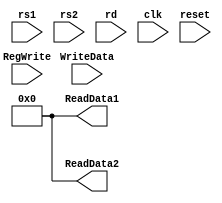
module RegisterFile
(
	input [4:0] rs1, rs2, rd,
	input [63:0] WriteData,
	input clk, reset, RegWrite,
	output reg [63:0] ReadData1, ReadData2
);

	reg [63:0] Registers [31:0];
	initial
	begin
		Registers[0] <= 64'b0000000000000000000000000000000000000000000000000000000000000000;
		Registers[1] <= 64'b1001011000101111011000100001110110011001100101110101000000011011;
		Registers[2] <= 64'b1000111011111110000010111011001110100100100001010010100000010010;
		Registers[3] <= 64'b1001110110000101111010110010001110101011110101110000111000011110;
		Registers[4] <= 64'b1001001111000011011000001001110110110010011001111110110111000010;
		Registers[5] <= 64'b1011011110011100110101100100111010110101110101010101111001111110;
		Registers[6] <= 64'b1111011110100011100011010101000000010000100000110111101110100000;
		Registers[7] <= 64'b1001000000000010100000001100110110001001101110100010100111011011;
		Registers[8] <= 64'b0011010101100101100110000010111000101111011101111110110010000101;
		Registers[9] <= 64'b1000101010101101001000101101001001101111010111000010101010111010;
		Registers[10] <= 64'b1101001101010001011010010000100101110001001100000110011100000001;
		Registers[11] <= 64'b0010100110110101000011100001000110100011111001111000101001101010;
		Registers[12] <= 64'b1111111010101110000001110111010101100011000110100110111111100111;
		Registers[13] <= 64'b1110110000111110010100000100111000101100111010100111011111101000;
		Registers[14] <= 64'b1100110001110000001000010110010011101001111011001011011110111011;
		Registers[15] <= 64'b0101000111010111001011001010001011111001110001100000111011000101;
		Registers[16] <= 64'b0001100110100100101101001001101011001110010100100010111001110010;
		Registers[17] <= 64'b1000101011000001111011100000011010010111101101000010010101100000;
		Registers[18] <= 64'b0101011100110000110101000011000000001011111011100101010011010111;
		Registers[19] <= 64'b0111100011001100000010001001100100001110101011110001100001111110;
		Registers[20] <= 64'b0011010100100100101110001101111101000010010000101000001101110101;
		Registers[21] <= 64'b0000111110011110000000011100101111010110100011011010010111011111;
		Registers[22] <= 64'b0111011100110000000010001011011111100101010100111001111110000111;
		Registers[23] <= 64'b0010011101110100010010011001010001101010101000101101111001011101;
		Registers[24] <= 64'b0100110000111000010100101110001001010110111100011011111110100101;
		Registers[25] <= 64'b0101000101000100001101111110011100001010010100011010100001010110;
		Registers[26] <= 64'b0110000001101100000000100001001011101110001101011100001100011000;
		Registers[27] <= 64'b1101010101100111001110001101101101001111000110011010110100000000;
		Registers[28] <= 64'b0011111000101000100001010111110100000011000010011110001011011010;
		Registers[29] <= 64'b0111000000001011001001011101001001010110011010010001110101110100;
		Registers[30] <= 64'b1101010111001001111000000011100011011101111010011010101011110110;
		Registers[31] <= 64'b1001111101011010001010101001101100101111111011100100100010011110;
	end

	//Writing Data
	always @ (posedge clk)
	begin
		if (RegWrite == 1'b1)
			Registers[rd] = WriteData;
	end

	//Reseting ReadData ports
	always @ (reset)
	begin
		ReadData1 = 64'b0;
		ReadData2 = 64'b0; 
	end

	//output Data in ReadData Ports 
	always @ (rs1 or rs2 or reset)
	begin
		ReadData1 = Registers [rs1];
		ReadData2 = Registers [rs2];
	end

endmodule